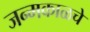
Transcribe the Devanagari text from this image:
जन्मकाळचे